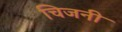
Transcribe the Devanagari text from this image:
चिजनी